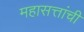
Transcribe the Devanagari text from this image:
महासत्तांची